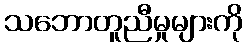
သဘောတူညီမှုများကို